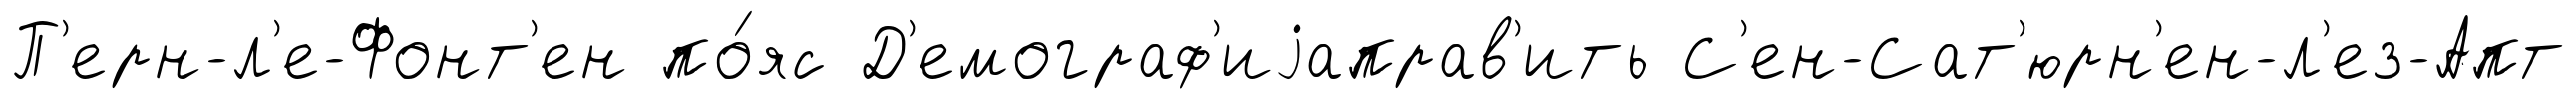
П'ерн-л'е-Фонт'ен по́яс Д'емограф'иjаправ'ить С'ен-Сат'юрн'ен-л'ез-Апт